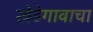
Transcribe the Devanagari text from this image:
खेडेगावाचा